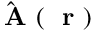
\hat { \mathrm { ~ \bf ~ A ~ } } ( \mathrm { ~ \bf ~ r ~ } )